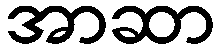
အာဆာ